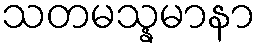
သတမသ္နမာနာ